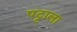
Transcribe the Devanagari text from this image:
पट्टाला